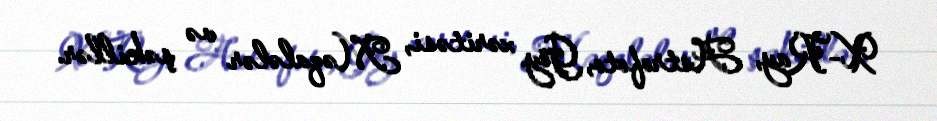
X-Ray, Astrofoto, Göy xəritəsi, Məqalələr və şəkillər.